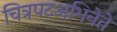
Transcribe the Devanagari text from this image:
चित्रपटअभिनेते